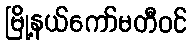
မြို့နယ်ကော်မတီဝင်